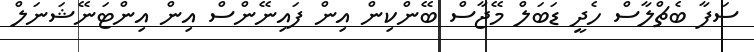
ސަފާ ބެޗްލާސް ހެދީ ޑަބަލް މޭޖާސް ބޭންކިން އިން ފައިނޭންސް އިން އިންޓަނޭޝަނަލް